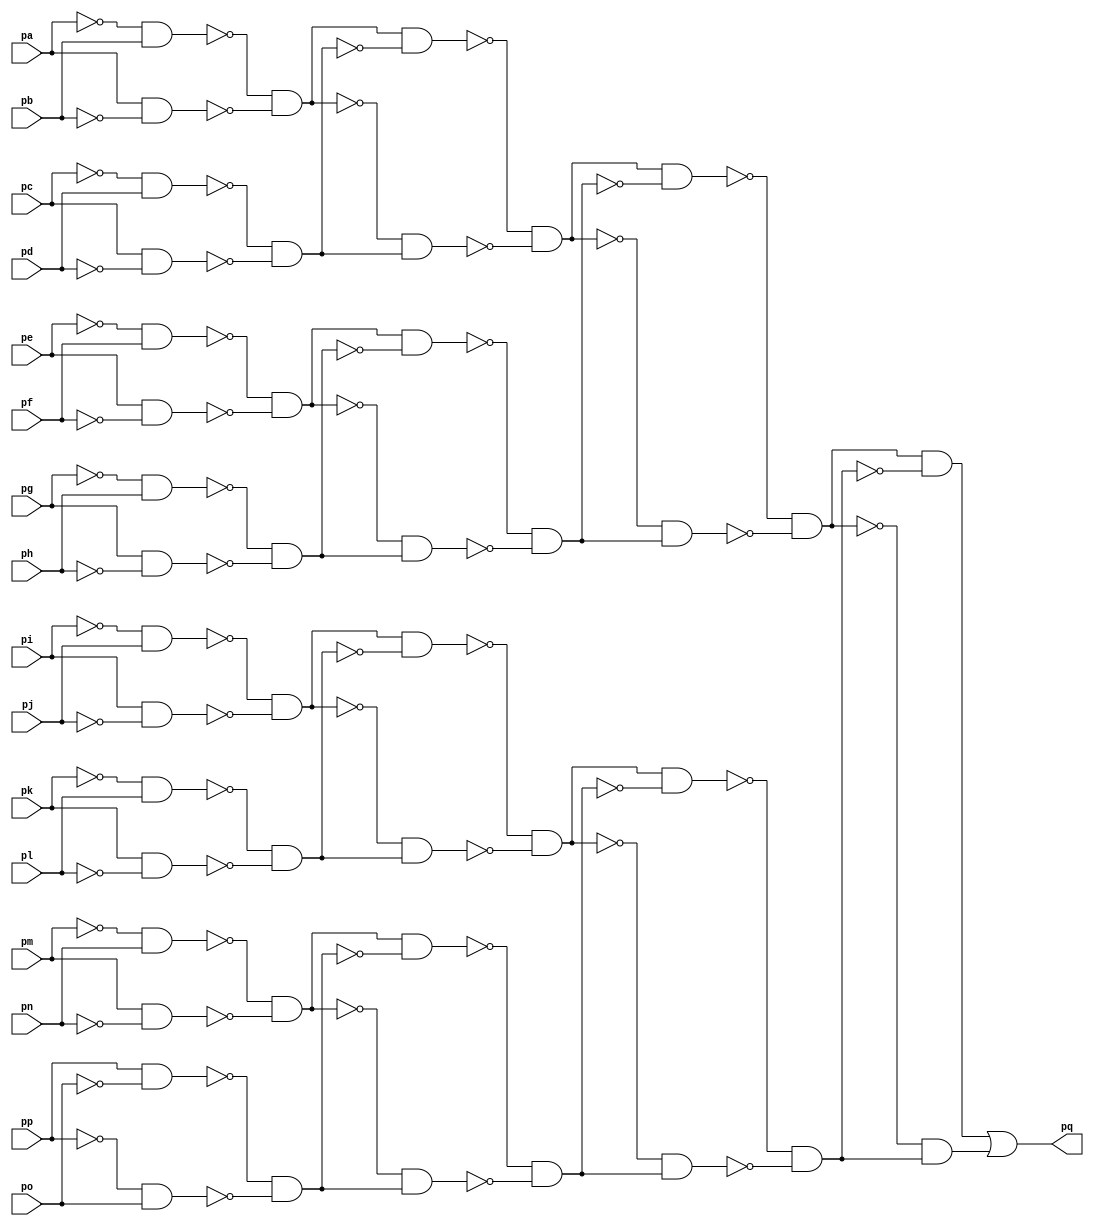
module top ( 
    pp, pa, pb, pc, pd, pe, pf, pg, ph, pi, pj, pk, pl, pm, pn, po,
    pq  );
  input  pp, pa, pb, pc, pd, pe, pf, pg, ph, pi, pj, pk, pl, pm, pn, po;
  output pq;
  wire new_n18_, new_n19_, new_n20_, new_n21_, new_n22_, new_n23_, new_n24_,
    new_n25_, new_n26_, new_n27_, new_n28_, new_n29_, new_n30_, new_n31_,
    new_n32_, new_n33_, new_n34_, new_n35_, new_n36_, new_n37_, new_n38_,
    new_n39_, new_n40_, new_n41_, new_n42_, new_n43_, new_n44_, new_n45_,
    new_n46_, new_n47_, new_n48_, new_n49_, new_n50_, new_n51_, new_n52_,
    new_n53_, new_n54_, new_n55_, new_n56_, new_n57_, new_n58_, new_n59_,
    new_n60_, new_n61_;
  assign new_n18_ = ~pa & pb;
  assign new_n19_ = pa & ~pb;
  assign new_n20_ = ~new_n18_ & ~new_n19_;
  assign new_n21_ = ~pc & pd;
  assign new_n22_ = pc & ~pd;
  assign new_n23_ = ~new_n21_ & ~new_n22_;
  assign new_n24_ = new_n20_ & ~new_n23_;
  assign new_n25_ = ~new_n20_ & new_n23_;
  assign new_n26_ = ~new_n24_ & ~new_n25_;
  assign new_n27_ = ~pe & pf;
  assign new_n28_ = pe & ~pf;
  assign new_n29_ = ~new_n27_ & ~new_n28_;
  assign new_n30_ = ~pg & ph;
  assign new_n31_ = pg & ~ph;
  assign new_n32_ = ~new_n30_ & ~new_n31_;
  assign new_n33_ = new_n29_ & ~new_n32_;
  assign new_n34_ = ~new_n29_ & new_n32_;
  assign new_n35_ = ~new_n33_ & ~new_n34_;
  assign new_n36_ = new_n26_ & ~new_n35_;
  assign new_n37_ = ~new_n26_ & new_n35_;
  assign new_n38_ = ~new_n36_ & ~new_n37_;
  assign new_n39_ = ~pi & pj;
  assign new_n40_ = pi & ~pj;
  assign new_n41_ = ~new_n39_ & ~new_n40_;
  assign new_n42_ = ~pk & pl;
  assign new_n43_ = pk & ~pl;
  assign new_n44_ = ~new_n42_ & ~new_n43_;
  assign new_n45_ = new_n41_ & ~new_n44_;
  assign new_n46_ = ~new_n41_ & new_n44_;
  assign new_n47_ = ~new_n45_ & ~new_n46_;
  assign new_n48_ = ~pm & pn;
  assign new_n49_ = pm & ~pn;
  assign new_n50_ = ~new_n48_ & ~new_n49_;
  assign new_n51_ = pp & ~po;
  assign new_n52_ = ~pp & po;
  assign new_n53_ = ~new_n51_ & ~new_n52_;
  assign new_n54_ = new_n50_ & ~new_n53_;
  assign new_n55_ = ~new_n50_ & new_n53_;
  assign new_n56_ = ~new_n54_ & ~new_n55_;
  assign new_n57_ = new_n47_ & ~new_n56_;
  assign new_n58_ = ~new_n47_ & new_n56_;
  assign new_n59_ = ~new_n57_ & ~new_n58_;
  assign new_n60_ = new_n38_ & ~new_n59_;
  assign new_n61_ = ~new_n38_ & new_n59_;
  assign pq = new_n60_ | new_n61_;
endmodule